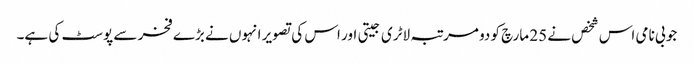
جو بی نامی اس شخص نے 25 مارچ کو دو مرتبہ لاٹری جیتی اور اس کی تصویر انہوں نے بڑے فخر سے پوسٹ کی ہے۔